Indian journal of veterinary science and animal husbandry - Volume 14,
Year: 1944
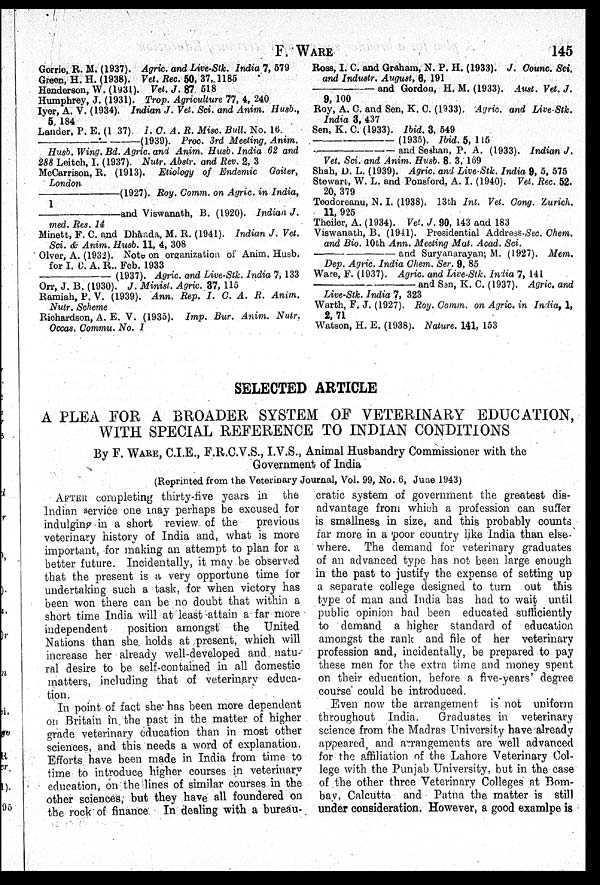
F.
WARE
145
Gorrie, R. M. (1937). Agric. and Live-Stk. India 7, 579
Green, H. H. (1938). Vet. Rec. 50, 37, 1185
Henderson, W. (1931). Vet. J. 87 518
Humphrey, J. (1931). Trop. Agriculture 77, 4, 240
Iyer, A. V. (1934). Indian J. Vet. Sci. and Anim. Husb.,
5, 184
Lander, P. E. (1 37). I. C. A. R. Misc. Bull. No. 16.
——
(1939).
Proc. 3rd Meeting, Anim.
Husb. Wing. Bd. Agric. and Anim. Husb. India 62 and
288 Leitch, I. (1937). Nutr. Abstr. and Rev. 2, 3
McCarrison, R. (1913). Etiology of Endemic Goiter,
London
————
(1927). Roy. Comm. on Agric. in India,
1
————
and Viswanath, B. (1920). Indian J.
med. Res. 14
Minett, F. C. and Dhanda, M. R. (1941). Indian J. Vet.
Sci. & Anim. Husb. 11, 4, 308
Olver, A. (1932). Note on organization of Anim. Husb.
for I. C. A. R., Feb. 1933
————
(1937). Agric. and Live-Stk. India 7, 133
Orr, J. B. (1930). J. Minist, Agric. 37, 115
Ramiah, P. V. (1939). Ann. Rep. I. C. A. R. Anim.
Nutr. Scheme
Richardson, A. E. V. (1935). Imp. Bur. Anim. Nutr.
Occas. Commu. No. 1
Ross, I. C. and Graham, N. P. H. (1933). J. Counc. Sci.
and Industr. August, 6, 191
————
and Gordon, H. M. (1933). Aust. Vet. J.
9, 100
Roy, A. C. and Sen, K. C. (1933). Agric. and Live-Stk.
India 3, 437
Sen, K. C. (1933). Ibid. 3, 549
————
(1935). Ibid. 5, 115
————
and Seshan, P. A. (1933). Indian J.
Vet. Sci. and Anim. Husb. 8, 3, 169
Shah, D. L. (1939). Agric. and Live-Stk. India 9, 5, 575
Stewart, W. L. and Ponsford, A. I. (1940). Vet. Rec. 52.
20, 379
Teodoreanu, N. I. (1938). 13th Int. Vet. Cong. Zurich.
11, 925
Theiler, A. (1934). Vet. J. 90, 143 and 183
Viswanath, B. (1941). Presidential Address-Sec. Chem.
and Bio. 10th Ann. Meeting Mat. Acad. Sci.
————
and Suryanarayan; M. (1927). Mem.
Dep. Agric. India Chem. Ser. 9, 85
Ware, F. (1937). Agric. and Live-Stk. India 7, 141
————
and Sen, K. C. (1937). Agric. and
Live-Stk. India 7, 323
Warth, F. J. (1927). Roy. Comm. on Agric. in India, 1,
2, 71
Watson, H. E. (1938). Nature. 141, 153
SELECTED ARTICLE
A PLEA FOR A BROADER SYSTEM OF VETERINARY EDUCATION,
WITH SPECIAL REFERENCE TO INDIAN CONDITIONS
By F. WARE, C.I.E., F.R.C.V.S., I.V.S., Animal Husbandry Commissioner with the
Government of India
(Reprinted from the Veterinary Journal, Vol. 99, No. 6, June 1943)
AFTER completing thirty-five years in the
Indian service one may perhaps be excused for
indulging in a short review of the
previous
veterinary history of India and, what is more
important, for making an attempt to plan for a
better future. Incidentally, it may be observed
that the present is a very opportune time for
undertaking such a task, for when victory has
been won there can be no doubt that within a
short time India will at least attain a far more
independent
position amongst the United
Nations than she holds at present, which will
increase her already well-developed and natu-
ral desire to be self-contained in all domestic
matters, including that of veterinary educa-
tion.
In point of fact she has been more dependent
on Britain in the past in the matter of higher
grade veterinary education than in most other
sciences, and this needs a word of explanation.
Efforts have been made in India from time to
time to introduce higher courses in veterinary
education, on the lines of similar courses in the
other sciences, but they have all foundered on
the rock of finance In dealing with a bureau-
cratic system of government the greatest dis-
advantage from which a profession can suffer
is smallness in size, and this probably counts
far more in a poor country like India than else-
where. The demand for veterinary graduates
of an advanced type has not been large enough
in the past to justify the expense of setting up
a separate college designed to turn out this
type of man and India has had to wait until
public opinion had been educated sufficiently
to demand a higher standard of education
amongst the rank and file of her veterinary
profession and, incidentally, be prepared to pay
these men for the extra time and money spent
on their education, before a five-years' degree
course could be introduced.
Even now the arrangement is not uniform
throughout India.
Graduates in veterinary
science from the Madras University have already
appeared, and arrangements are well advanced
for the affiliation of the Lahore Veterinary Col-
lege with the Punjab University, but in the case
of the other three Veterinary Colleges at Bom-
bay, Calcutta and Patna the matter is still
under consideration. However, a good examlpe is